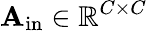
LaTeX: \mathbf{A}_{\mathrm{in}}\in\mathbb{R}^{C\times C}